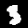
Label: 3